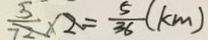
\frac { 5 } { 7 2 } \times 2 = \frac { 5 } { 3 6 } ( k m )